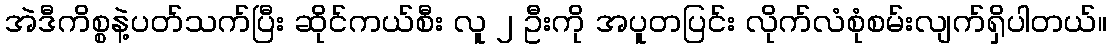
အဲဒီကိစ္စနဲ့ပတ်သက်ပြီး ဆိုင်ကယ်စီး လူ ၂ ဦးကို အပူတပြင်း လိုက်လံစုံစမ်းလျက်ရှိပါတယ်။